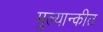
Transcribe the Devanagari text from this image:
मुल्यान्कीत